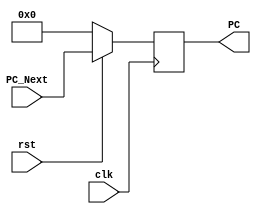
module PC(clk,rst,PC,PC_Next);
    input clk,rst;
    input [7:0]PC_Next;
    output [7:0]PC;
    reg [7:0]PC;

    always @(posedge clk)
    begin
        if(~rst)
            PC <= {32{1'b0}};
        else
            PC <= PC_Next;
    end
endmodule